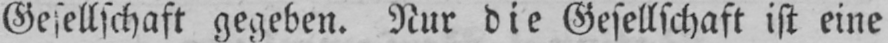
Gesellschaft gegeben. Nur die Gesellschaft ist eine